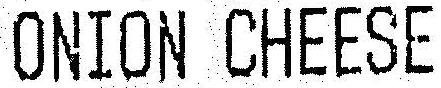
ONION CHEESE